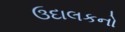
ઉદાલકનો